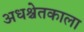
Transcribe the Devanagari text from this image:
अधश्चेतकाला